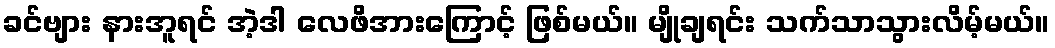
ခင်ဗျား နားအူရင် အဲ့ဒါ လေဖိအားကြောင့် ဖြစ်မယ်။ မျိုချရင်း သက်သာသွားလိမ့်မယ်။